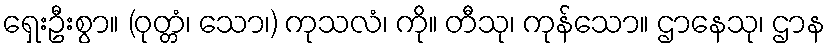
ရှေးဦးစွာ။ (ဝုတ္တံ၊ သော၊) ကုသလံ၊ ကို။ တီသု၊ ကုန်သော။ ဌာနေသု၊ ဌာန